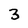
Character: 3